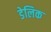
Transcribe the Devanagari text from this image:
डेलिक